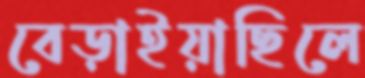
বেড়াইয়াছিলে